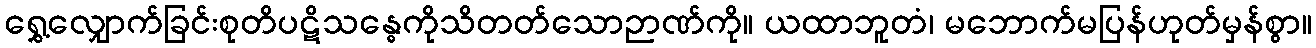
ရွှေ့လျှောက်ခြင်းစုတိပဋိသန္ဓေကိုသိတတ်သောဉာဏ်ကို။ ယထာဘူတံ၊ မဘောက်မပြန်ဟုတ်မှန်စွာ။